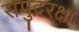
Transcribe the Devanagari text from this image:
समुद्ररक्षा